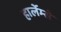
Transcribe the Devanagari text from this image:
हार्लेम्से